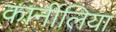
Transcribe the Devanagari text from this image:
कार्नीलिया